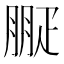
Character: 㽰